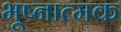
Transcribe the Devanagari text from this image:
भूष्नात्मक